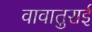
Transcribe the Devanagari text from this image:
वावातुराई